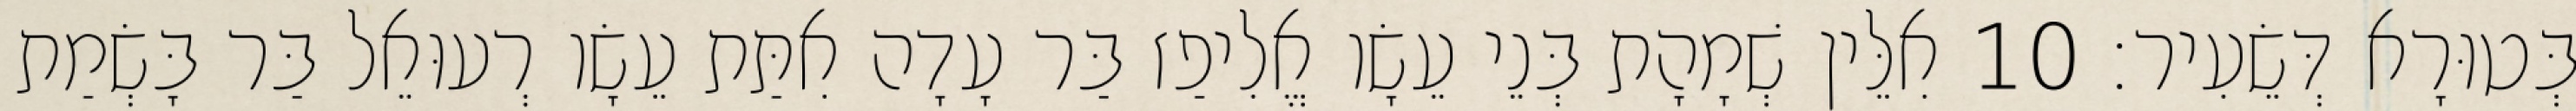
בְּטוּרָא דְּשֵׂעִיר׃ 10 אִלֵּין שְׁמָהָת בְּנֵי עֵשָׂו אֱלִיפַז בַּר עָדָה אִתַּת עֵשָׂו רְעוּאֵל בַּר בָּשְׂמַת